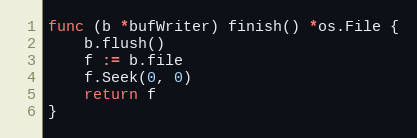
Language: Go
func (b *bufWriter) finish() *os.File {
	b.flush()
	f := b.file
	f.Seek(0, 0)
	return f
}